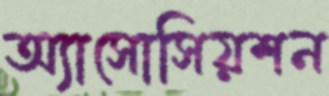
অ্যাসোসিয়শন